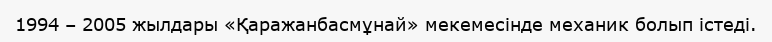
1994 – 2005 жылдары «Қаражанбасмұнай» мекемесінде механик болып істеді.